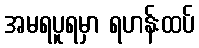
အမရပူရမှာ ရဟန်းထပ်